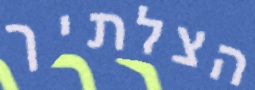
הצלתיך